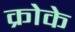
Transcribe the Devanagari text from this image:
क्रोके